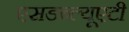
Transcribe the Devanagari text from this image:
एसडब्ल्यूएटी